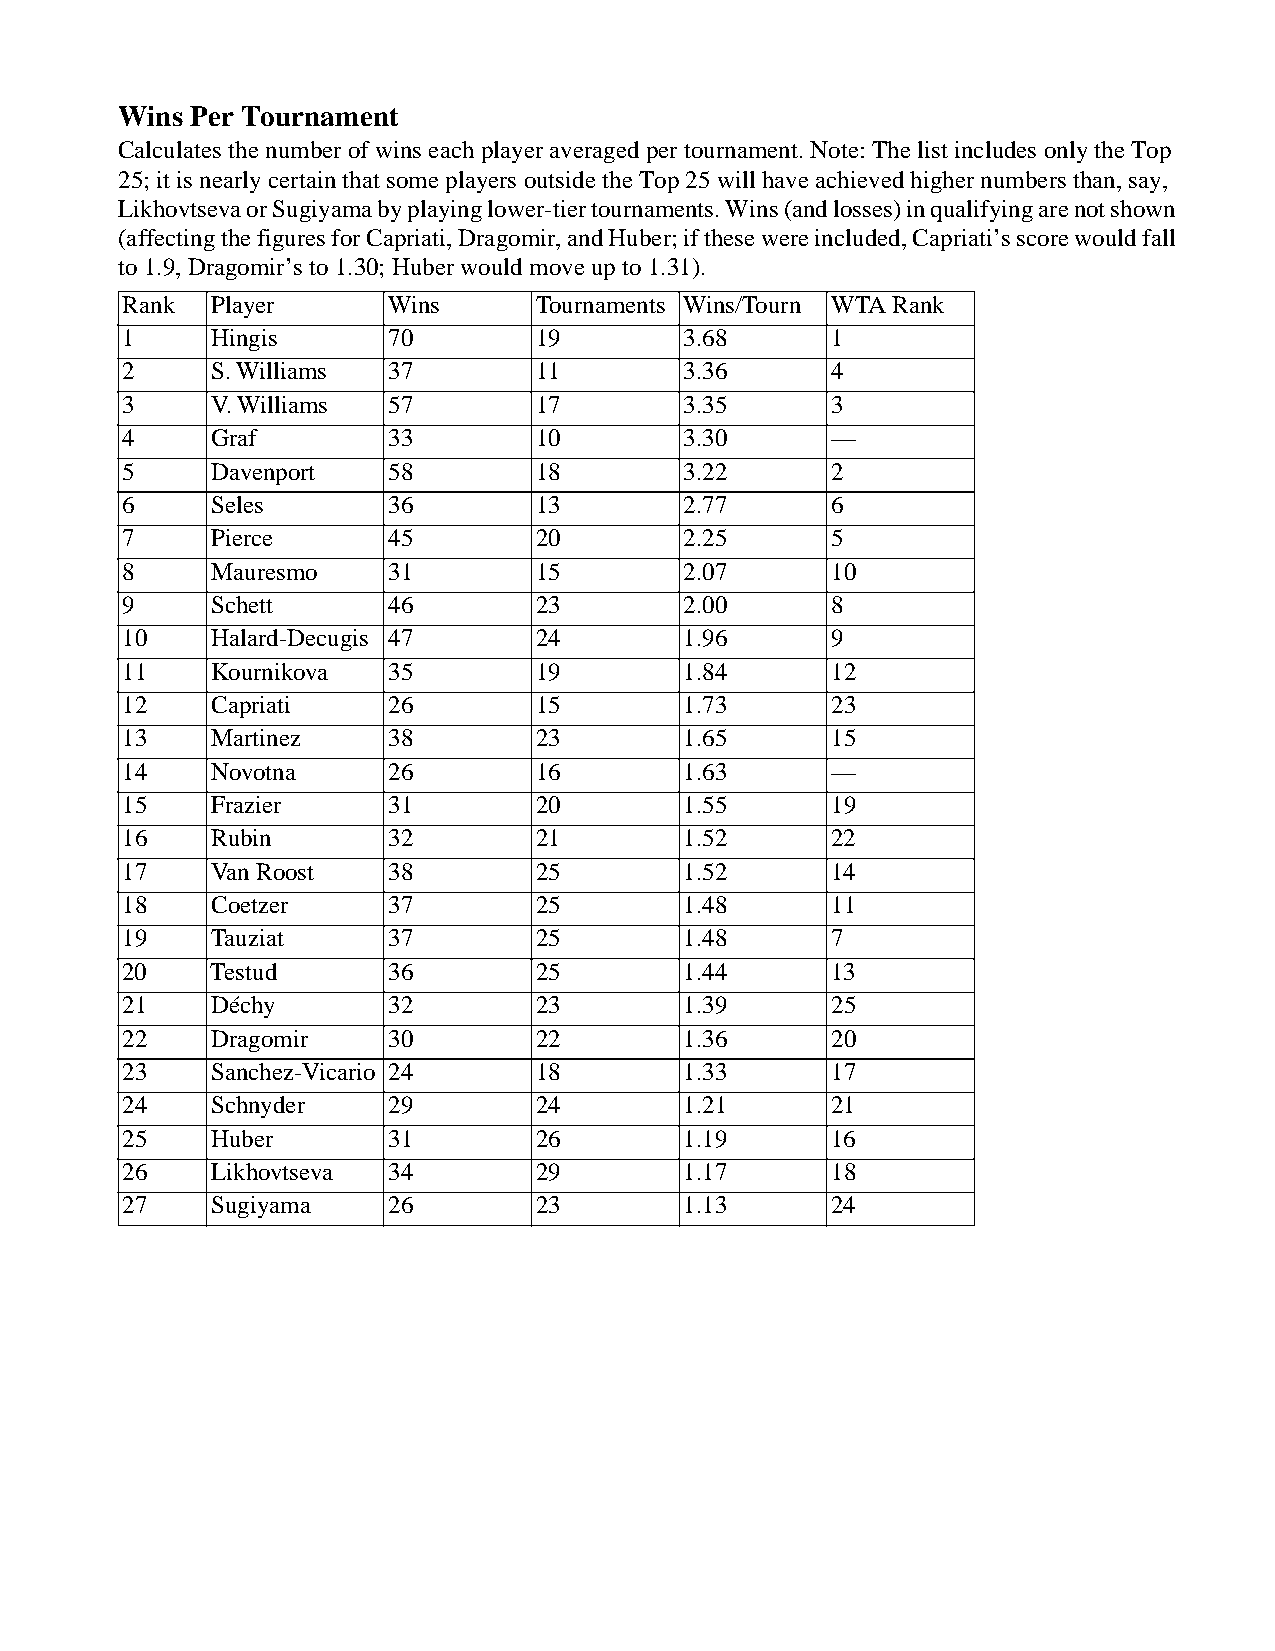
Wins Per Tournament
 Calculates the number of wins each player averaged per tournament. Note: The list includes only the Top
 25; it is nearly certain that some players outside the Top 25 will have achieved higher numbers than, say,
 Likhovtseva or Sugiyama by playing lower-tier tournaments. Wins (and losses) in qualifying are not shown
 (affecting the figures for Capriati, Dragomir, and Huber; if these were included, Capriati’s score would fall
 to 1.9, Dragomir’s to 1.30; Huber would move up to 1.31).
 Rank Player      Wins      Tournaments Wins/Tourn WTA Rank
 1    Hingis      70        19        3.68     1
 2    S. Williams 37        11        3.36     4
 3    V. Williams 57        17        3.35     3
 4    Graf        33        10        3.30     —
 5    Davenport   58        18        3.22     2
 6    Seles       36        13        2.77     6
 7    Pierce      45        20        2.25     5
 8    Mauresmo    31        15        2.07     10
 9    Schett      46        23        2.00     8
 10   Halard-Decugis 47     24        1.96     9
 11   Kournikova  35        19        1.84     12
 12   Capriati    26        15        1.73     23
 13   Martinez    38        23        1.65     15
 14   Novotna     26        16        1.63     —
 15   Frazier     31        20        1.55     19
 16   Rubin       32        21        1.52     22
 17   Van Roost   38        25        1.52     14
 18   Coetzer     37        25        1.48     11
 19   Tauziat     37        25        1.48     7
 20   Testud      36        25        1.44     13
 21   Déchy       32        23        1.39     25
 22   Dragomir    30        22        1.36     20
 23   Sanchez-Vicario 24    18        1.33     17
 24   Schnyder    29        24        1.21     21
 25   Huber       31        26        1.19     16
 26   Likhovtseva 34        29        1.17     18
 27   Sugiyama    26        23        1.13     24